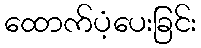
ထောက်ပံ့ပေးခြင်း